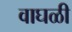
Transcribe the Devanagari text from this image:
वाघळी